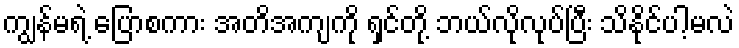
ကျွန်မရဲ့ ပြောစကား အတိအကျကို ရှင်တို့ ဘယ်လိုလုပ်ပြီး သိနိုင်ပါ့မလဲ